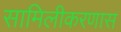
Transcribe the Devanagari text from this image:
सामिलीकरणास